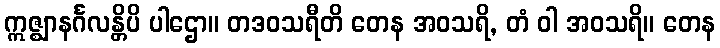
ဣဇ္ဈာနင်္ဂလန္တိပိ ပါဌော။ တဒဝသရီတိ တေန အဝသရိ, တံ ဝါ အဝသရိ။ တေန